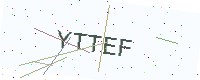
Text: YTTEF